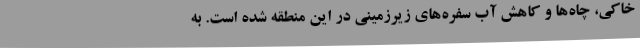
خاکی، چاه‌ها و کاهش آب سفره‌های زیرزمینی در این منطقه شده است. به